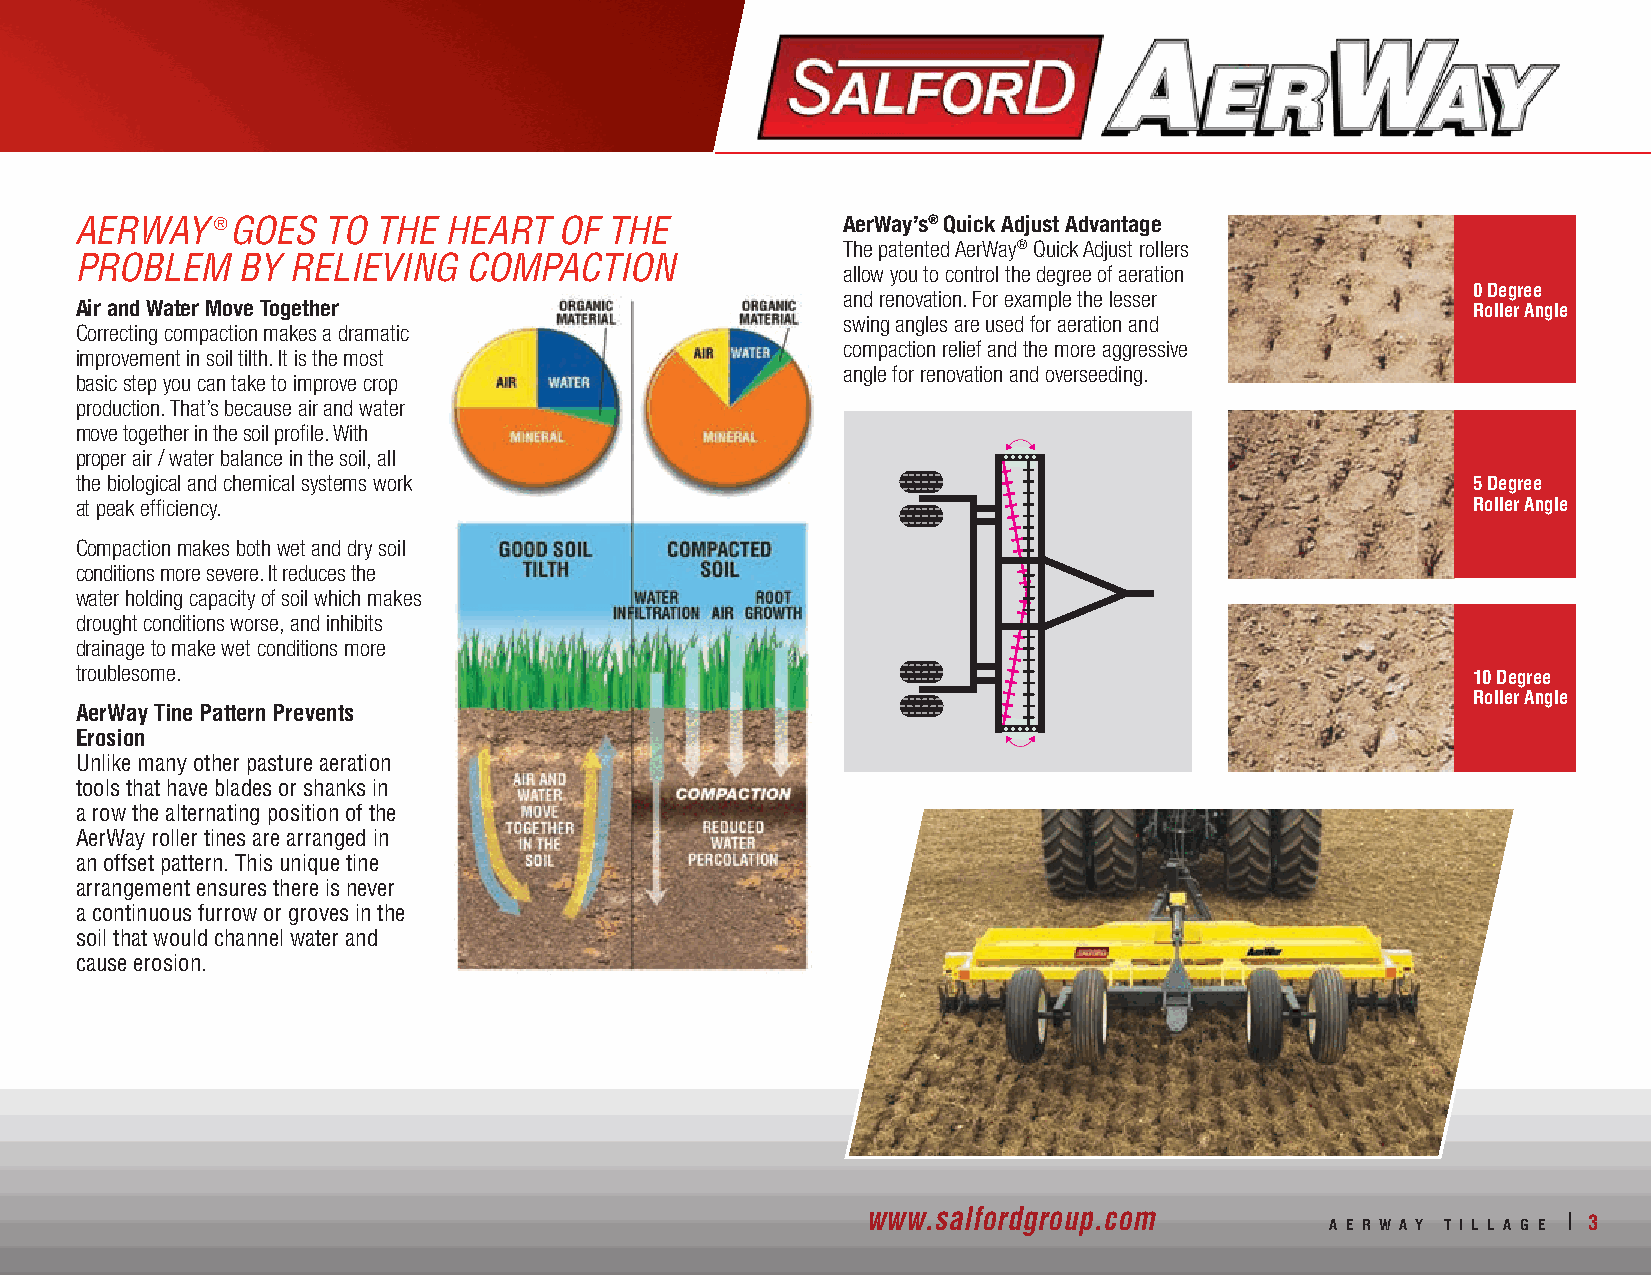
AERWAY   ® GOES TO  THE HEART   OF THE             AerWay’s® Quick Adjust Advantage
 The patented AerWay® Quick Adjust rollers
 PROBLEM    BY RELIEVING   COMPACTION
 allow you to control the degree of aeration
 and renovation. For example the lesser   0 Degree
 Air and Water Move Together                                                                 Roller Angle
 swing angles are used for aeration and
 Correcting compaction makes a dramatic
 compaction relief and the more aggressive
 improvement in soil tilth. It is the most
 angle for renovation and overseeding.
 basic step you can take to improve crop
 production. That’s because air and water
 move together in the soil profile. With
 proper air / water balance in the soil, all
 the biological and chemical systems work                                                    5 Degree
 at peak efficiency.                                                                         Roller Angle
 Compaction makes both wet and dry soil
 conditions more severe. It reduces the
 water holding capacity of soil which makes
 drought conditions worse, and inhibits
 drainage to make wet conditions more
 troublesome.
 10 Degree
 Roller Angle
 AerWay Tine Pattern Prevents
 Erosion
 Unlike many other pasture aeration
 tools that have blades or shanks in
 a row the alternating position of the
 AerWay roller tines are arranged in
 an offset pattern. This unique tine
 arrangement ensures there is never
 a continuous furrow or groves in the
 soil that would channel water and
 cause erosion.
 www.salfordgroup.com           A E R W A Y T I L L A G E | 3